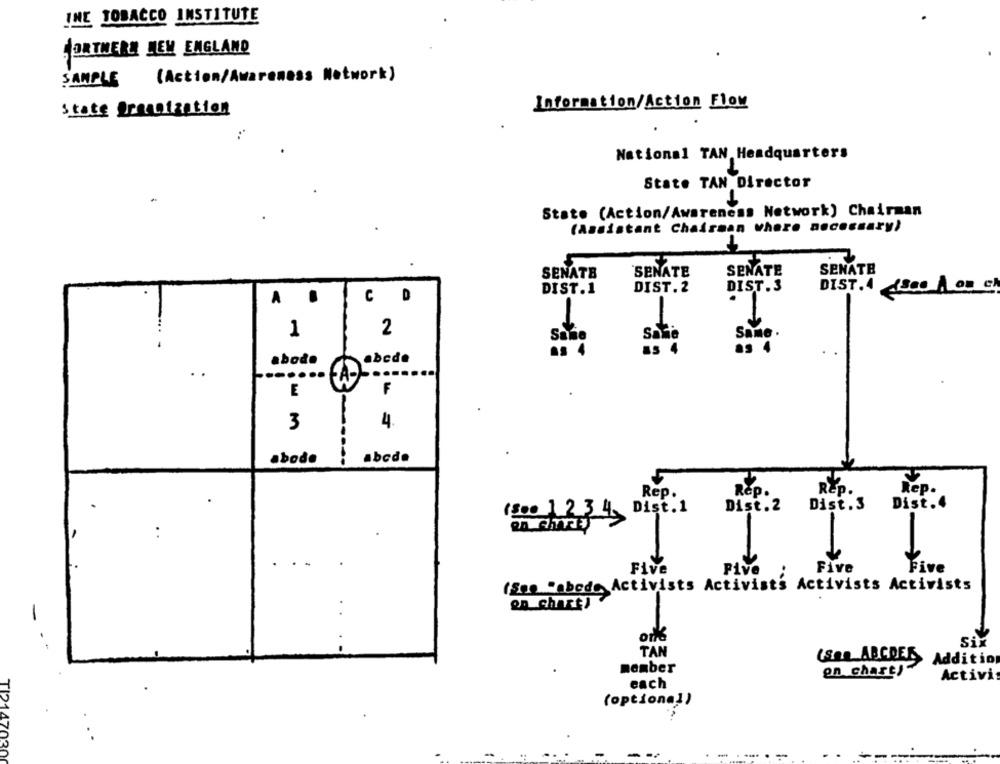
INE TOBACCO INSTITUTE
NORTHERN NEW ENGLAND
(Action/Awareness Network)
SAMPLE
Information/Action Flow
state Organization
National TAN Headquarters
State TAN Director
State (Action/Awareness Network) Chairman
(Assistant Chairman where necessary)
SENATE
SENATE
SENATE
SENATE
DIST.1
DIST.2
DIST.3
DIST.4 {Sco A on c
CD
. .
1
2
Sale
Sa
0. 4
abede
abodo
A-L ..
F
E
3
4.
...
abode
abcde
REP.
Rep.
Rep.
Rep.
Dist.1
Dist.2
Dist.3
Dist.4
(800 1234)
Five
Pive
Five
Five
(Sme "obede Activists Activists Activists Activists
on chart)
Six
TAN
(San ABCDES
Addition
member
en chart)
Activi
each
(optional)
147
20
----
-